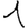
Digit: 1